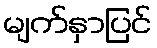
မျက်နှာပြင်